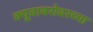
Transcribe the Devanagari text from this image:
क्यूबाबरोबरच्या